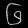
Digit: ၆